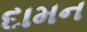
દામન